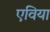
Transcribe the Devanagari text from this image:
एविया